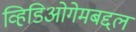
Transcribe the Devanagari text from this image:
व्हिडिओगेमबद्दल